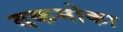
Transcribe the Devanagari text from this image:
दकमोका